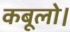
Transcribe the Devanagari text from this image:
कबूलो।